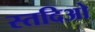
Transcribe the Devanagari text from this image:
स्तदिओ